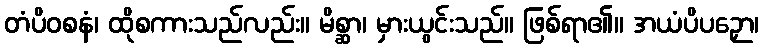
တံပိဝစနံ၊ ထိုစကားသည်လည်း။ မိစ္ဆာ၊ မှားယွင်းသည်။ ဖြစ်ရာ၏။ အယံပိပဉှော၊